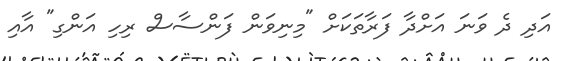
އަދި ދެ ވަނަ އަށްދާ ފަރާތަކަށް "މިނިވަން ފަންސާސް ރިހި އަންގި" އާއި